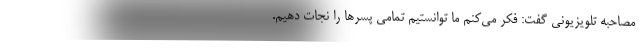
مصاحبه تلویزیونی گفت: فکر می‌کنم ما توانستیم تمامی پسرها را نجات دهیم.